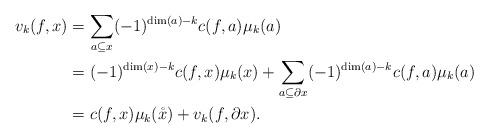
LaTeX: \begin{align*} v_k(f,x) &= \sum_{a \subseteq x} (-1)^{\dim(a)-k} c(f,a) \mu_k(a) \\ &= (-1)^{\dim(x)-k} c(f,x) \mu_k(x) + \sum_{a \subseteq \partial x} (-1)^{\dim(a)-k} c(f,a) \mu_k(a) \\ &= c(f,x) \mu_k(\mathring{x}) + v_k(f,\partial x). \end{align*}